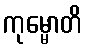
ကုမ္မောတိ